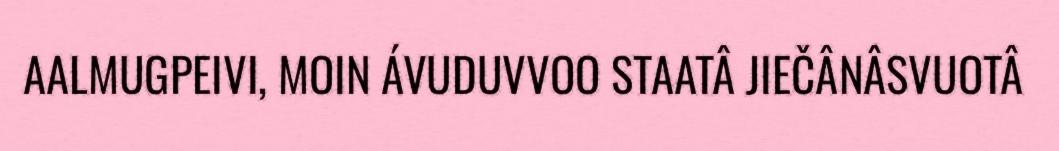
AALMUGPEIVI, MOIN ÁVUDUVVOO STAATÂ JIEČÂNÂSVUOTÂ